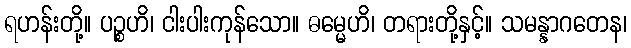
ရဟန်းတို့။ ပဉ္စဟိ၊ ငါးပါးကုန်သော။ ဓမ္မေဟိ၊ တရားတို့နှင့်။ သမန္နာဂတေန၊